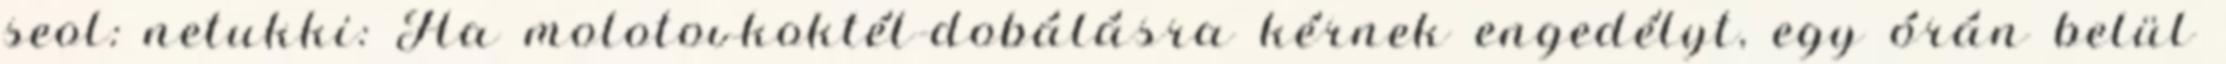
seol: netukki: Ha molotovkoktél-dobálásra kérnek engedélyt, egy órán belül